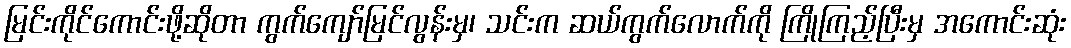
မြင်းကိုင်ကောင်းဖို့ဆိုတာ ကွက်ကျော်မြင်လွန်းမှ၊ သင်းက ဆယ်ကွက်လောက်ကို ကြိုကြည့်ပြီးမှ အကောင်းဆုံး